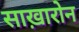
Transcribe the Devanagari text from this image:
साख़ारोन